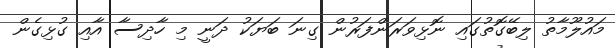
މައުލޫމާތު ލިބޭގޮތުގައި ނޮޅިވަރަންފަރުން ގިނަ ބަޔަކު ދަނީ މި ހާދިސާ އާއި ގުޅިގެން